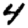
Digit: 4